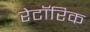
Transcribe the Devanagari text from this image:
रेटॉरिक